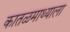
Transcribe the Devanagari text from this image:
कातळमाथ्याला